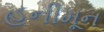
હનીમૂન